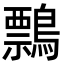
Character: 𪅃